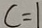
c = 1